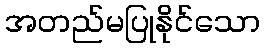
အတည်မပြုနိုင်သော